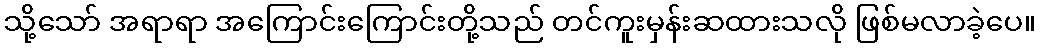
သို့သော် အရာရာ အကြောင်းကြောင်းတို့သည် တင်ကူးမှန်းဆထားသလို ဖြစ်မလာခဲ့ပေ။